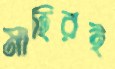
মাহিরই